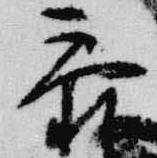
参